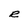
Character: R